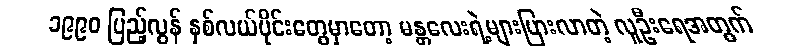
၁၉၉၀ ပြည့်လွန် နှစ်လယ်ပိုင်းတွေမှာတော့ မန္တလေးရဲ့များပြားလာတဲ့ လူဦးရေအတွက်